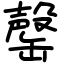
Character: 罄